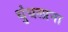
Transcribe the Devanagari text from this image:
धुंधलाना